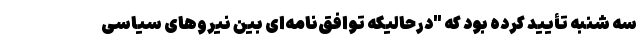
سه شنبه تأیید کرده بود که "درحالیکه توافق‌نامه‌ای بین نیروهای سیاسی